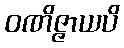
ဝဏိဇ္ဇာယပိ